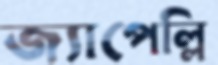
জ্যাপেল্লি